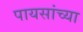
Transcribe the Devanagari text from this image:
पायसांच्या